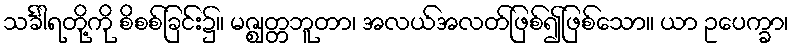
သင်္ခါရတို့ကို စိစစ်ခြင်း၌။ မဇ္ဈတ္တဘူတာ၊ အလယ်အလတ်ဖြစ်၍ဖြစ်သော။ ယာ ဥပေက္ခာ၊